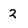
Character: 2